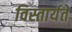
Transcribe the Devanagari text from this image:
विस्तार्यते